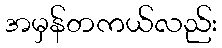
အမှန်တကယ်လည်း